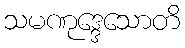
သမဏုဒ္ဒေသောတိ